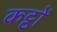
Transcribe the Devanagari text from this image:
कट्ठों